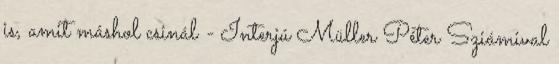
is, amit máshol csinál - Interjú Müller Péter Sziámival